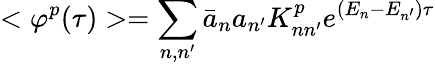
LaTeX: <\varphi^{p}(\tau)>=\sum_{n,n^{\prime}}\bar{a}_{n}a_{n^{\prime}}K_{nn^{\prime}}^{p}e^{(E_{n}-E_{n^{\prime}})\tau}